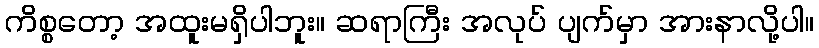
ကိစ္စတော့ အထူးမရှိပါဘူး။ ဆရာကြီး အလုပ် ပျက်မှာ အားနာလို့ပါ။